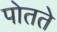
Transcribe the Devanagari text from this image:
पोतते